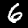
Digit: 6